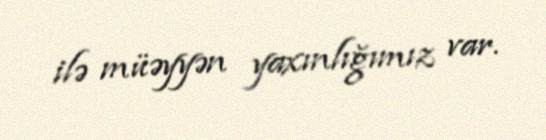
ilə müəyyən yaxınlığımız var.